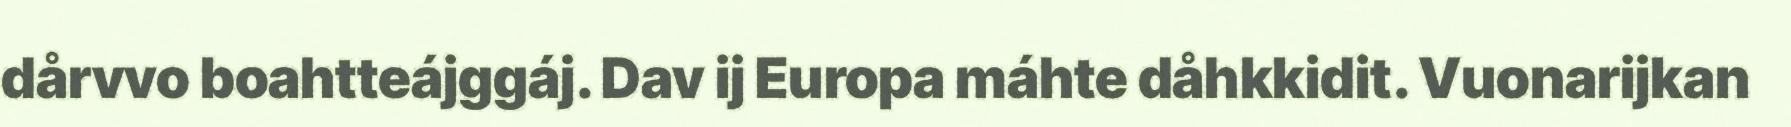
dårvvo boahtteájggáj. Dav ij Europa máhte dåhkkidit. Vuonarijkan